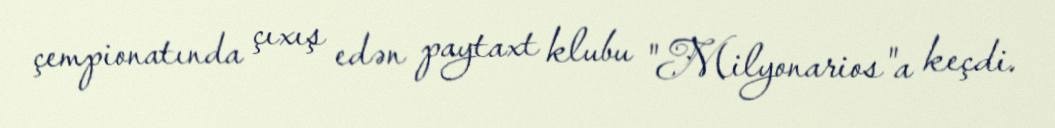
çempionatında çıxış edən paytaxt klubu "Milyonarios"a keçdi.